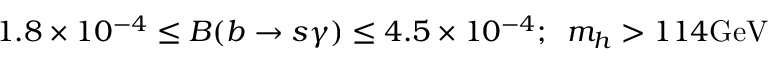
1 . 8 \times 1 0 ^ { - 4 } \leq B ( b \rightarrow s \gamma ) \leq 4 . 5 \times 1 0 ^ { - 4 } ; \, \, \, m _ { h } > 1 1 4 \mathrm { G e V }